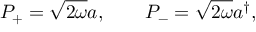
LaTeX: P _ { + } = \sqrt { 2 \omega } a , \qquad P _ { - } = \sqrt { 2 \omega } a ^ { \dagger } ,